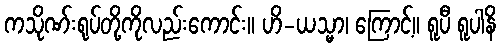
ကသိုဏ်းရုပ်တို့ကိုလည်းကောင်း။ ဟိ-ယသ္မာ၊ ကြောင့်။ ရူပီ ရူပါနိ